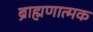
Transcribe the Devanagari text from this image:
ब्राह्मणात्मक